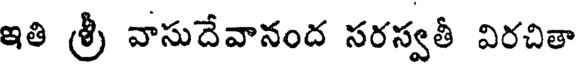
ఇతి శ్రీ వాసుదేవానంద సరస్వతీ విరచితా